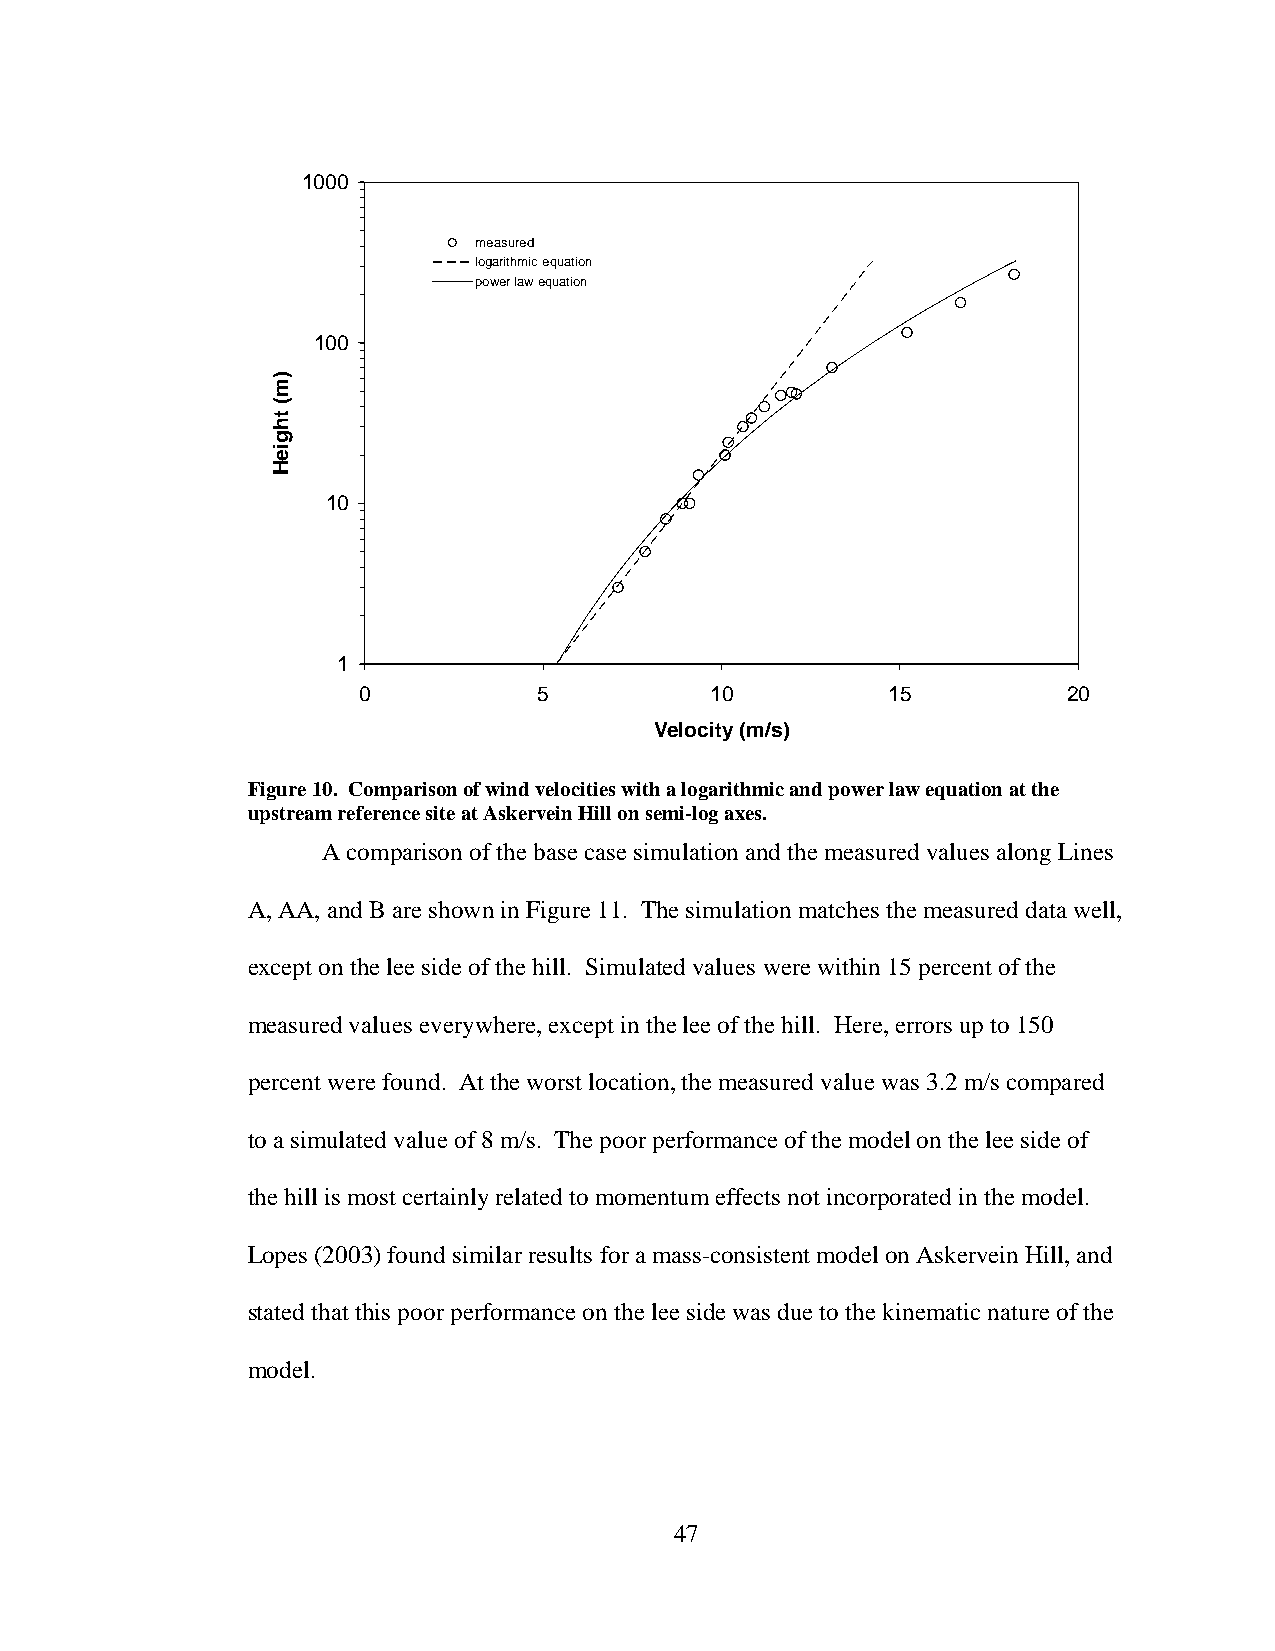
1000
 measured
 logarithmic equation
 power law equation
 100
 10
 1
 0           5          10          15          20
 Velocity (m/s)
 Figure 10. Comparison of wind velocities with a logarithmic and power law equation at the
 upstream reference site at Askervein Hill on semi-log axes.
 A comparison of the base case simulation and the measured values along Lines
 A, AA, and B are shown in Figure 11. The simulation matches the measured data well,
 except on the lee side of the hill. Simulated values were within 15 percent of the
 measured values everywhere, except in the lee of the hill. Here, errors up to 150
 percent were found. At the worst location, the measured value was 3.2 m/s compared
 to a simulated value of 8 m/s. The poor performance of the model on the lee side of
 the hill is most certainly related to momentum effects not incorporated in the model.
 Lopes (2003) found similar results for a mass-consistent model on Askervein Hill, and
 stated that this poor performance on the lee side was due to the kinematic nature of the
 model.
 47
 )m(
 thgieH